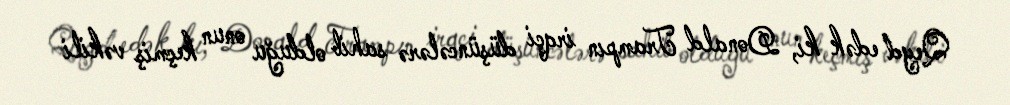
Qeyd edək ki, Donald Trampın irqçi düşüncələrə sahib olduğu onun keçmiş vəkili